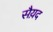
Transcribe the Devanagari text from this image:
सैय़द